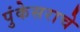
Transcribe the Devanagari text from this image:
पुंकेसराचे